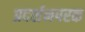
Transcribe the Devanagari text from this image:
प्रदर्शनपरक